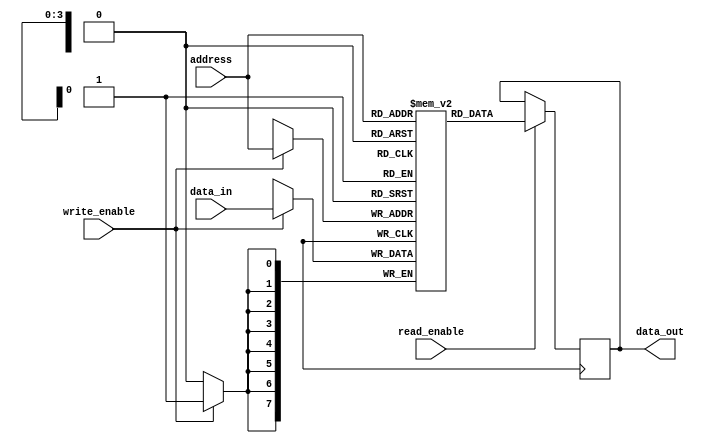
module RAM(
    input [7:0] data_in,
    input [3:0] address,
    input write_enable,
    input read_enable,
    output reg [7:0] data_out
);

reg [7:0] memory[0:15];

always @ (posedge clk) begin
    if(write_enable) begin
        memory[address] <= data_in;
    end
    if(read_enable) begin
        data_out <= memory[address];
    end
end

endmodule